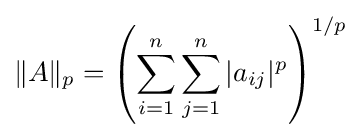
\Vert A\Vert _{p}=\left(\sum _{i=1}^{n}\sum _{j=1}^{n}|a_{ij}|^{p}\right)^{1/p}